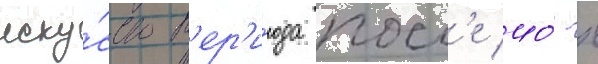
иску́сство п'ер'и́ода посл'е 40-х